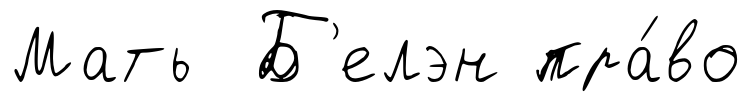
Мать Б'елэн пра́во